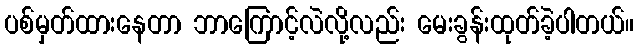
ပစ်မှတ်ထားနေတာ ဘာကြောင့်လဲလို့လည်း မေးခွန်းထုတ်ခဲ့ပါတယ်။